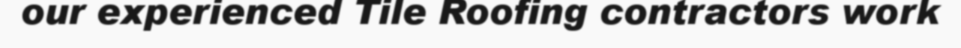
our experienced Tile Roofing contractors work